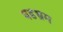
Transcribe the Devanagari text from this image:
षडभ्रम